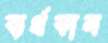
ব্যর্থকাম